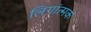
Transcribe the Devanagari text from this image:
लिगांत्मक